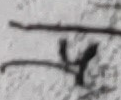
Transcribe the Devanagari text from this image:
य